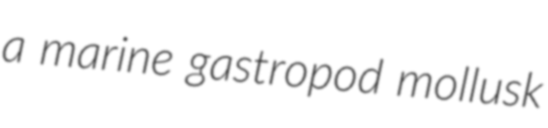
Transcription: a marine gastropod mollusk